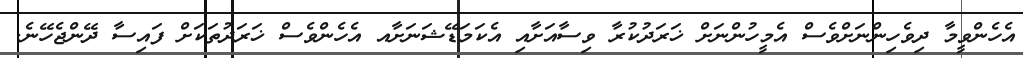
އެހެންވީމާ ދިވެހިންނަށްވެސް އެމީހުންނަށް ޚަރަދުކުރާ ވިސާއަށާއި އެކަމަޑޭޝަނަށާއ އެހެންވެސް ޚަރަދުތަކަށް ފައިސާ ދޭންޖެހޭނެ.